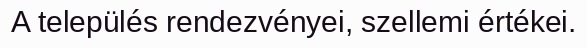
A település rendezvényei, szellemi értékei.